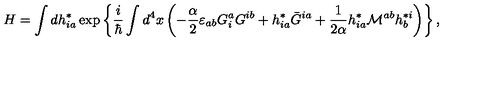
H = \int d h _ { i a } ^ { * } \exp \left\{ \frac { i } { \hbar } \int d ^ { 4 } x \left( - \frac { \alpha } { 2 } \varepsilon _ { a b } G _ { i } ^ { a } G ^ { i b } + h _ { i a } ^ { * } \bar { G } ^ { i a } + \frac { 1 } { 2 \alpha } h _ { i a } ^ { * } { \cal M } ^ { a b } h _ { b } ^ { * i } \right) \right\} ,